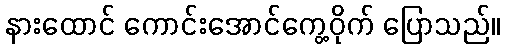
နားထောင် ကောင်းအောင်ကွေ့ဝိုက် ပြောသည်။